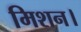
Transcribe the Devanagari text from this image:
मिशन।